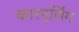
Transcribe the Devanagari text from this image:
कारपूलिंग